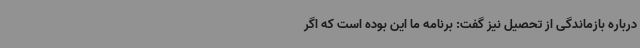
درباره بازماندگی از تحصیل نیز گفت: برنامه ما این بوده است که اگر